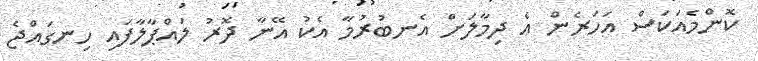
ކޮންމެއަކަސް އަހަރެން އެ ދިމާލަށް އެނބުރުމާ އެކު އޭނާ ދޮރު ލައްޕާލާފައި ހިނގައްޖެ